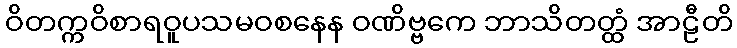
ဝိတက္ကဝိစာရဝူပသမဝစနေန ဝဏိဗ္ဗကေ ဘာသိတတ္ထံ အာဠီတိ